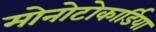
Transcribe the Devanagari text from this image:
मोनोटोकार्डिया